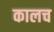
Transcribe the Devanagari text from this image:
कालच